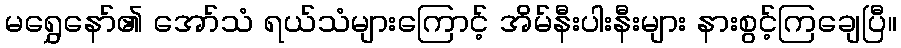
မရွှေနော်၏ အော်သံ ရယ်သံများကြောင့် အိမ်နီးပါးနီးများ နားစွင့်ကြချေပြီ။